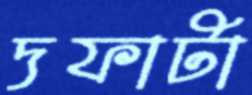
দফাটা